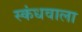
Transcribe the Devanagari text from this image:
स्कंधवाला